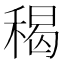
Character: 䅥